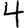
Digit: 4